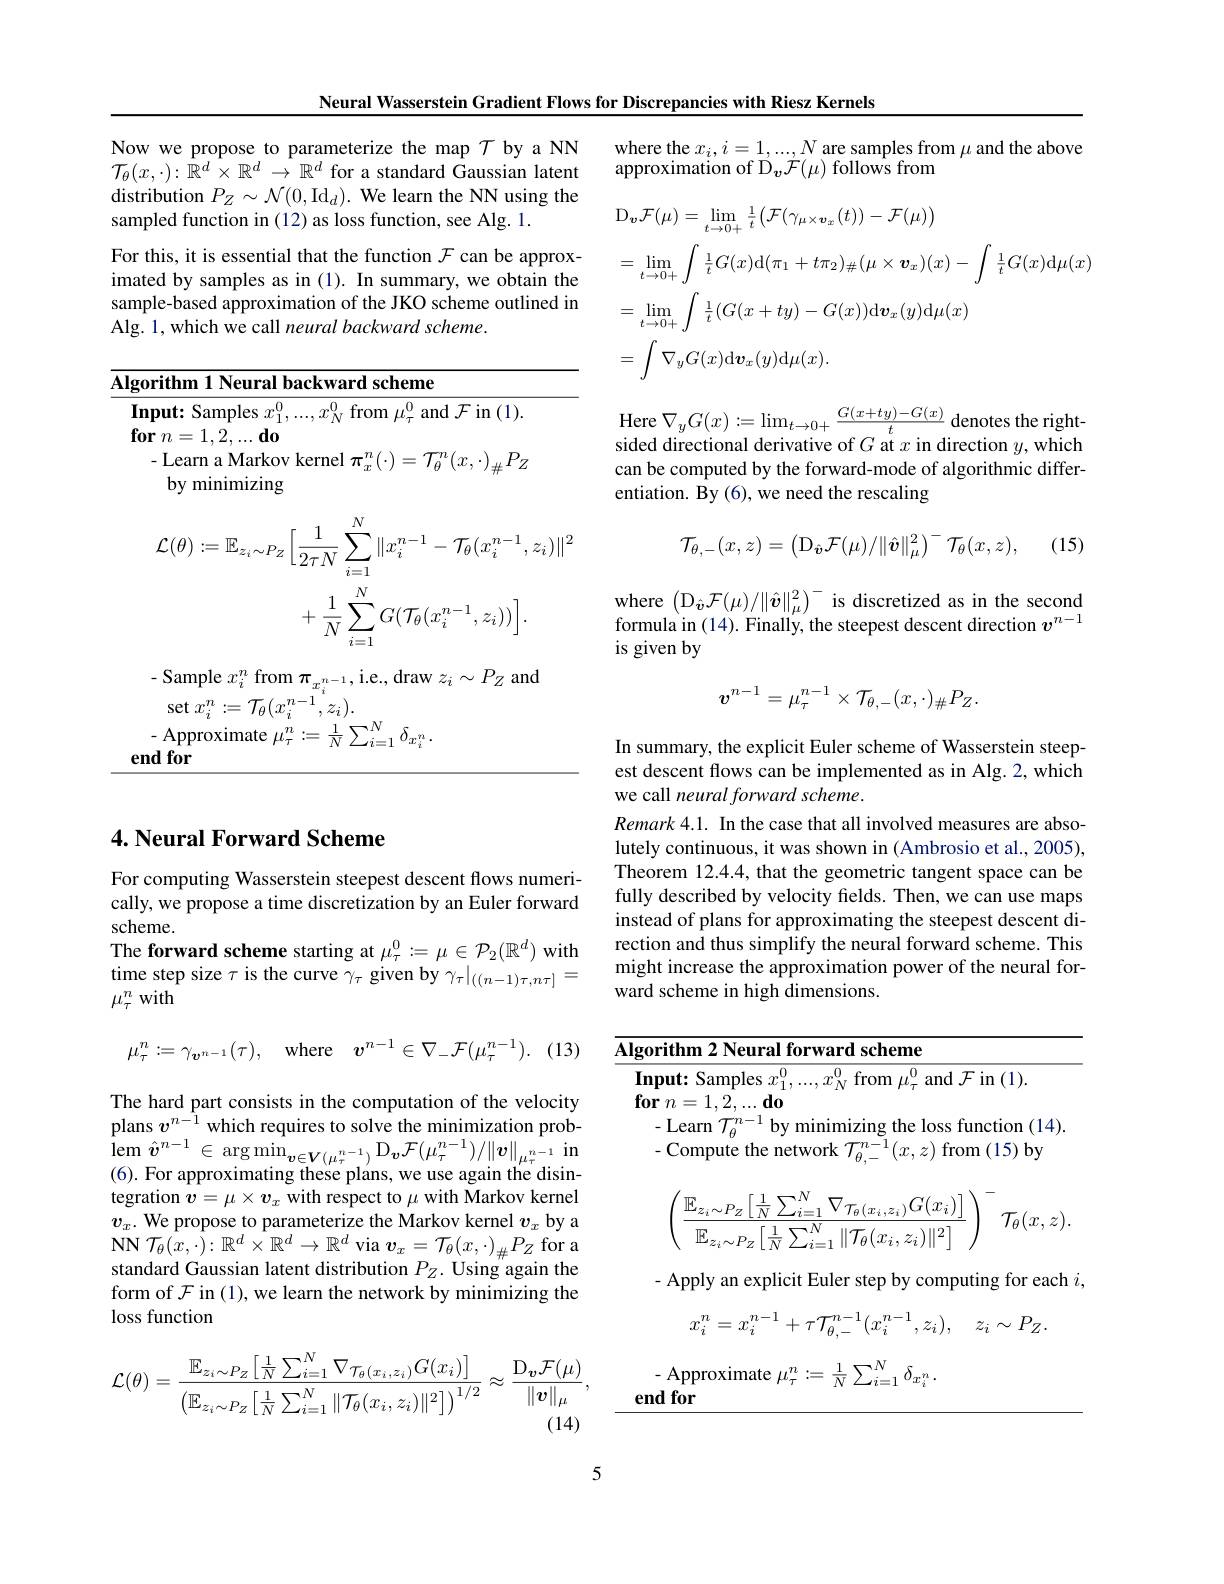
Neural Wasserstein Gradient Flows for Discrepancies with Riesz Kernels

Now we propose to parameterize the map $\mathcal{T}$ by a NN $\mathcal{T}_{\theta}(x,\cdot):\hat{\mathbb{R}}^{d}\times\mathbb{R}^{d}\to\mathbb{R}^{d}$ for a standard Gaussian latent distribution $P_Z\sim \mathcal{N} ( 0, \mathrm{Id}_d) .$ We learn the NN using the sampled function in (12) as loss function, see Alg. 1.
For this, it is essential that the function $\mathcal{F}$ can be approximated by samples as in (1). In summary, we obtain the sample-based approximation of the JKO scheme outlined in Alg. 1, which we call neural backward scheme.
$$\begin{aligned}\mathcal{L}(\theta)&:=\mathbb{E}_{z_{i}\sim P_{Z}}\Big[\frac{1}{2\tau N}\sum_{i=1}^{N}\|x_{i}^{n-1}-\mathcal{T}_{\theta}(x_{i}^{n-1},z_{i})\|^{2}\\&+\frac{1}{N}\sum_{i=1}^{N}G(\mathcal{T}_{\theta}(x_{i}^{n-1},z_{i}))\Big].\end{aligned}$$
## $4. \textbf{ Neural Forward Scheme}$

For computing Wasserstein steepest descent flows numerically, we propose a time discretization by an Euler forward scheme.
The forward scheme starting at $\mu_\tau^0:=\mu\in\mathcal{P}_2(\mathbb{R}^d)$ with time step size $\tau$ is the curve $\gamma_\tau$ given by $\gamma_\tau|_{((n-1)\tau,n\tau]}=$ $\mu_\tau^n$ with
$$\mu_{\tau}^{n}:=\gamma_{\boldsymbol{v}^{n-1}}(\tau),\quad\mathrm{where}\quad\boldsymbol{v}^{n-1}\in\nabla_{-}\mathcal{F}(\mu_{\tau}^{n-1}).$$
(13)

The hard part consists in the computation of the velocity plans $v^{n-\hat{1}}$ which requires to solve the minimization problem $\hat{\boldsymbol{v}} ^{n- 1}\in \arg \min _{\boldsymbol{v}\in \boldsymbol{V}( \mu _{\tau }^{n- 1}) }\mathcal{D} _{\boldsymbol{v}}\mathcal{F} ( \mu _{\tau }^{n- 1}) / \| \boldsymbol{v}\| _{\mu _{\tau }^{n- 1}}$in ( 6) . For approximating these plans, we use again the disintegration $v=\mu\times v_x$ with respect to $\mu$ with Markov kernel $v_x.$ We propose to parameterize the Markov kernel $v_x$ by a $\mathbf{NN}$ $\mathcal{T} _{\theta }( x, \cdot ) \nobreak {: } \mathbb{R} ^{d}\times \mathbb{R} ^{d}\to \mathbb{R} ^{d}$ via $\boldsymbol v_x=\mathcal{T}_{\theta}(x,\cdot)_{\#}P_{Z}$ for a standard Gaussian latent distribution $P_Z.$ Using'again the form of $\mathcal{F}$ in (1), we learn the network by minimizing the loss function
$$\mathcal{L}(\theta)=\frac{\mathbb{E}_{z_{i}\sim P_{Z}}\left[\frac{1}{N}\sum_{i=1}^{N}\nabla_{\mathcal{T}_{\theta}(x_{i},z_{i})}G(x_{i})\right]}{\left(\mathbb{E}_{z_{i}\sim P_{Z}}\left[\frac{1}{N}\sum_{i=1}^{N}\|\mathcal{T}_{\theta}(x_{i},z_{i})\|^{2}\right]\right)^{1/2}}\approx\frac{\mathrm{D}_{\boldsymbol{v}}\mathcal{F}(\mu)}{\|\boldsymbol{v}\|_{\mu}},$$
where the $x_i,i=1,...,N$ are samples from $\mu$ and the above
approximation of $\overset{\prime}{\operatorname*{D}}_{\boldsymbol{v}}\overset{\prime}{\mathcal{F}}(\mu)$ follows from
$$\begin{aligned}&\mathrm{D}_{\boldsymbol{v}}\mathcal{F}(\mu)=\operatorname*{lim}_{t\to0+}\frac{1}{t}\big(\mathcal{F}(\gamma_{\mu\times\boldsymbol{v}_{x}}(t))-\mathcal{F}(\mu)\big)\\&=\operatorname*{lim}_{t\to0+}\int\frac{1}{t}G(x)\mathrm{d}(\pi_{1}+t\pi_{2})_{\#}(\mu\times\boldsymbol{v}_{x})(x)-\int\frac{1}{t}G(x)\mathrm{d}\mu(x)\\&=\operatorname*{lim}_{t\to0+}\int\frac{1}{t}(G(x+ty)-G(x))\mathrm{d}\boldsymbol{v}_{x}(y)\mathrm{d}\mu(x)\\&=\int\nabla_{y}G(x)\mathrm{d}\boldsymbol{v}_{x}(y)\mathrm{d}\mu(x).\end{aligned}$$
Here $\nabla_yG(x):=\lim_{t\to0+}\frac{G(x+ty)-G(x)}{t}$ denotes the rightsided directional derivative of $G$ at $x$ in direction $y$,which can be computed by the forward-mode of algorithmic differentiation. By (6), we need the rescaling
$$\mathcal{T}_{\theta,-}(x,z)=\left(\mathrm{D}_{\hat{\boldsymbol{v}}}\mathcal{F}(\mu)/\|\hat{\boldsymbol{v}}\|_{\mu}^{2}\right)^{-}\mathcal{T}_{\theta}(x,z),$$
(15)

where $\left(\mathrm{D}_{\hat{v}}\mathcal{F}(\mu)/\|\hat{\boldsymbol{v}}\|_{\mu}^{2}\right)^{-}$ is discretized as in the second formula in (14). Finally, the steepest descent direction $v^n-1$ is given by
$$v^{n-1}=\mu_{\tau}^{n-1}\times\mathcal{T}_{\theta,-}(x,\cdot)_{\#}P_{Z}.$$
In summary, the explicit Euler scheme of Wasserstein steepest descent flows can be implemented as in Alg. 2, which we call neural forward scheme.
Remark 4.1. In the case that all involved measures are absolutely continuous, it was shown in (Ambrosio et al., 2005), Theorem 12.4.4, that the geometric tangent space can be fully described by velocity fields. Then, we can use maps instead of plans for approximating the steepest descent direction and thus simplify the neural forward scheme. This might increase the approximation power of the neural forward scheme in high dimensions.
$$\left(\frac{\mathbb{E}_{z_i\sim P_Z}\left[\frac{1}{N}\sum_{i=1}^N\nabla_{\mathcal{T}_\theta(x_i,z_i)}G(x_i)\right]}{\mathbb{E}_{z_i\sim P_Z}\left[\frac{1}{N}\sum_{i=1}^N\|\mathcal{T}_\theta(x_i,z_i)\|^2\right]}\right)^-\mathcal{T}_\theta(x,z).$$
- Apply an explicit Euler step by computing for each $i$,
$$x_{i}^{n}=x_{i}^{n-1}+\tau\mathcal{T}_{\theta,-}^{n-1}(x_{i}^{n-1},z_{i}),\quad z_{i}\sim P_{Z}.$$
-Approximate $\mu_\tau^n:=\frac1N\sum_{i=1}^N\delta_{x_i^n}.$

end for

5